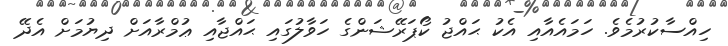
ހިއްސާކުރުމެވެ. ހަމައެއާއި އެކު ޙައްޖު ކޯޕަރޭޝަންގެ ހަވާލުގައި ޙައްޖާއި ޢުމްރާއަށް ދިޔުމަށް އެދޭ